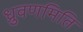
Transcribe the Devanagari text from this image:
ध्रुवणमिति